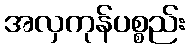
အလှကုန်ပစ္စည်း